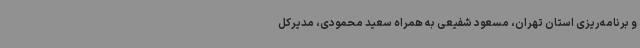
و برنامه‌ریزی استان تهران، مسعود شفیعی به همراه سعید محمودی، مدیرکل